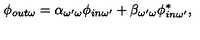
\phi _ { o u t \omega } = \alpha _ { \omega ^ { \prime } \omega } \phi _ { i n \omega ^ { \prime } } + \beta _ { \omega ^ { \prime } \omega } \phi _ { i n \omega ^ { \prime } } ^ { * } ,